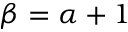
\beta = \alpha + 1